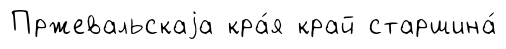
Пржевальскаjа кра́я край старшина́